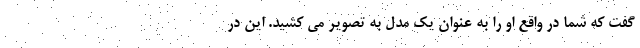
گفت که شما در واقع او را به عنوان یک مدل به تصویر می کشید. این در